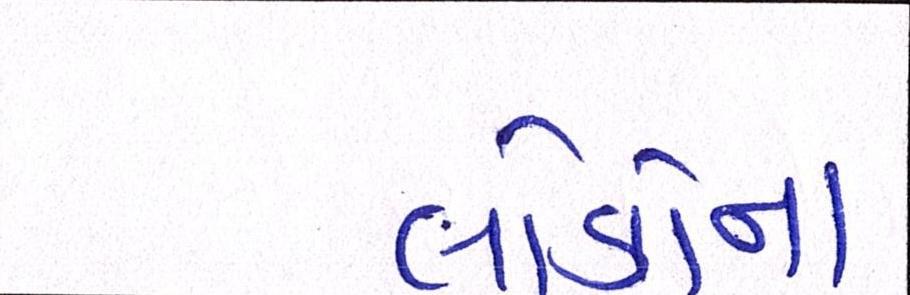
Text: લોકોના